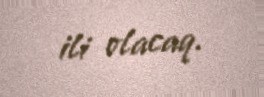
ili olacaq.